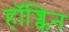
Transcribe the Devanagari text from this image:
हॉज्किन